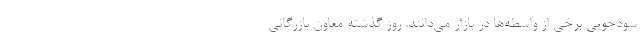
سودجویی برخی از واسطه‌ها در بازار می‌دانند. روز گذشته معاون بازرگانی